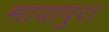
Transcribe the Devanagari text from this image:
मावापुरा